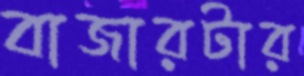
বাজারটার